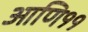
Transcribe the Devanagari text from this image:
आणि११